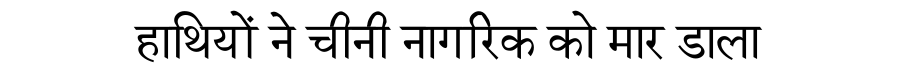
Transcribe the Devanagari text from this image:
हाथियों ने चीनी नागरिक को मार डाला